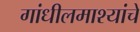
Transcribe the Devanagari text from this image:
गांधीलमाश्यांचे